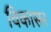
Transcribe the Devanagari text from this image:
विकासर